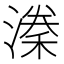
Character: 𭲈